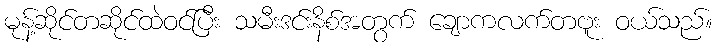
မုန့်ဆိုင်တဆိုင်ထဲဝင်ပြီး သမီးဒင်းနိစ်အတွက် ချောကလက်တဗူး ဝယ်သည်။